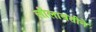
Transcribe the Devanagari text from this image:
लीलावतीने